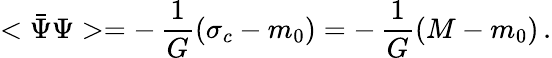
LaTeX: <\bar{\Psi}\Psi>=-\, {\frac{1}{G}}(\sigma_{c}-m_{0})=-\, {\frac{1}{G}}(M-m_{0})\, .